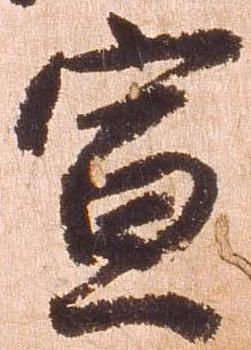
宣